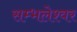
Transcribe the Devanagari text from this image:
सम्भलेश्वर